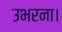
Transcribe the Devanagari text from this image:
उभरना।